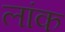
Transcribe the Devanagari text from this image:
लांक